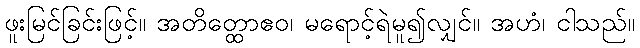
ဖူးမြင်ခြင်းဖြင့်။ အတိတ္ထောဧဝ၊ မရောင့်ရဲမူ၍လျှင်။ အဟံ၊ ငါသည်။